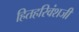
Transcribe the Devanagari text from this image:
हितहरिवंशजी